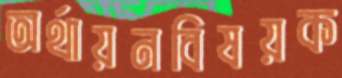
অর্থায়নবিষয়ক